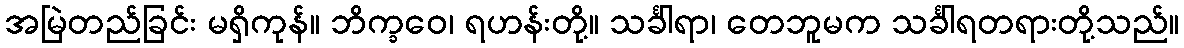
အမြဲတည်ခြင်း မရှိကုန်။ ဘိက္ခဝေ၊ ရဟန်းတို့။ သင်္ခါရာ၊ တေဘူမက သင်္ခါရတရားတို့သည်။